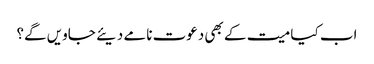
اب کیا میت کے بھی دعوت نامے دیئے جاویں گے؟